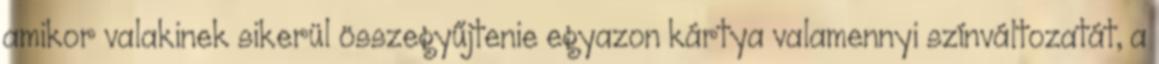
amikor valakinek sikerül összegyűjtenie egyazon kártya valamennyi színváltozatát, a